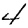
Digit: 4